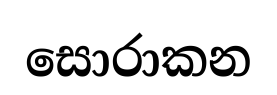
සොරාකන